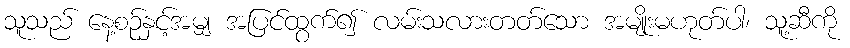
သူသည် နေ့စဉ်နှင့်အမျှ အပြင်ထွက်၍ လမ်းသလားတတ်သော အမျိုးမဟုတ်ပါ၊ သူ့ဆီကို